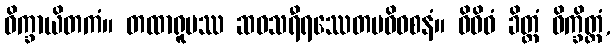
ဝိက္ခာယိတကံ။ တထာရူပဿ ဆဝသရီရဿေတမဓိဝစနံ။ ဝိဝိဓံ ခိတ္တံ ဝိက္ခိတ္တံ,